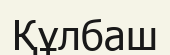
Құлбаш